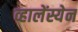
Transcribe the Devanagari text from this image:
व्हालेंस्येन